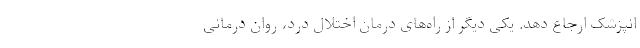
انپزشک ارجاع دهد. یکی دیگر از راه‌های درمان اختلال درد، روان درمانی